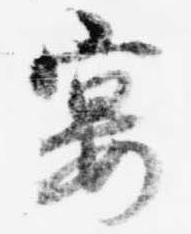
宴